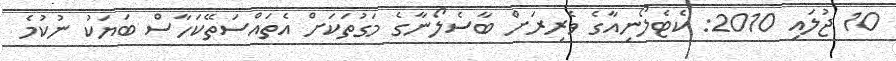
10 ޖުލައި 2010: ކެޓެލޯނިއާގެ ވެރިރަށް ބާސެލޯނާގެ މަގުތަކަށް އެތައްސަތޭކަހާސް ބަޔަކު ނުކުމެ